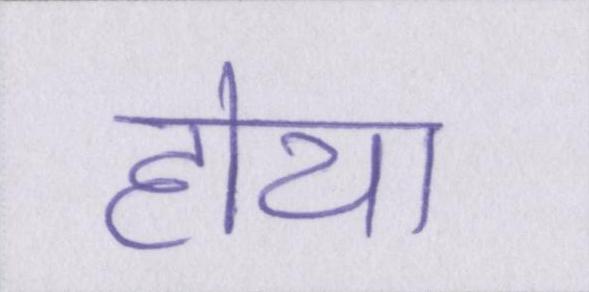
होया